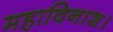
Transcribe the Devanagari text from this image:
महाविनाश।